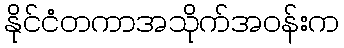
နိုင်ငံတကာအသိုက်အဝန်းက